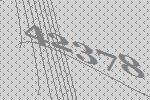
42378